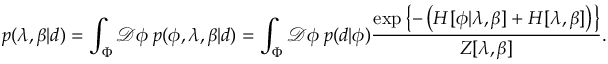
p ( \lambda , \beta | d ) = \int _ { \Phi } \mathcal { D } \phi \: p ( \phi , \lambda , \beta | d ) = \int _ { \Phi } \mathcal { D } \phi \: p ( d | \phi ) \frac { \exp \left\{ - \left( H [ \phi | \lambda , \beta ] + H [ \lambda , \beta ] \right) \right\} } { Z [ \lambda , \beta ] } .